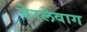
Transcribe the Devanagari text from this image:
बेरलेवाग